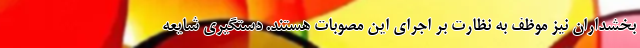
بخشداران نیز موظف به نظارت بر اجرای این مصوبات هستند. دستگیری شایعه